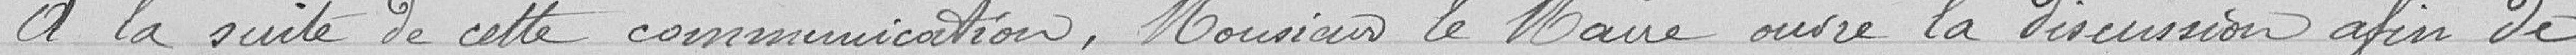
A la suite de cette communication, Monsieur le Maire ouvre la discussion afin de